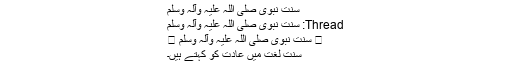
سنتِ نبوی صلی اللہ علیہ وآلہ وسلم
Thread: سنتِ نبوی صلی اللہ علیہ وآلہ وسلم
 سنتِ نبوی صلی اللہ علیہ وآلہ وسلم 
سنت لغت میں عادت کو کہتے ہیں۔